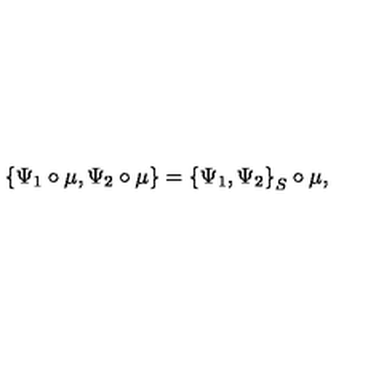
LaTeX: \left\{ \Psi _ { 1 } \circ \mu , \Psi _ { 2 } \circ \mu \right\} = \left\{ \Psi _ { 1 } , \Psi _ { 2 } \right\} _ { S } \circ \mu ,